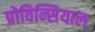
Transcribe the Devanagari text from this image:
प्रोविन्सियाल